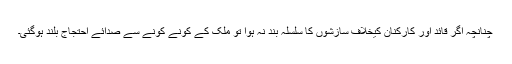
چنانچہ اگر قائد اور کارکنان کیخلاف سازشوں کا سلسلہ بند نہ ہوا تو ملک کے کونے کونے سے صدائے احتجاج بلند ہوگئی۔